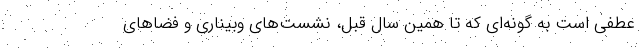
عطفی است به گونه‌ای که تا همین سال قبل، نشست‌های وبیناری و فضاهای